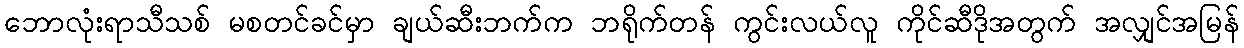
ဘောလုံးရာသီသစ် မစတင်ခင်မှာ ချယ်ဆီးဘက်က ဘရိုက်တန် ကွင်းလယ်လူ ကိုင်ဆီဒိုအတွက် အလျှင်အမြန်